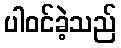
ပါဝင်ခဲ့သည်